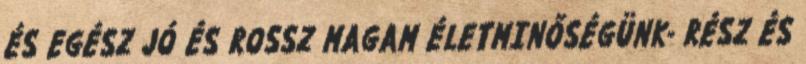
ÉS EGÉSZ JÓ ÉS ROSSZ MAGAM ÉLETMINŐSÉGÜNK- RÉSZ ÉS